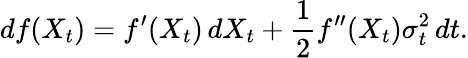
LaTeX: df(X_{t})=f^{\prime}(X_{t})\, dX_{t}+{\frac{1}{2}}f^{\prime\prime}(X_{t})\sigma_{t}^{2}\, dt.